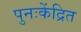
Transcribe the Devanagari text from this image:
पुनःकेंद्रित